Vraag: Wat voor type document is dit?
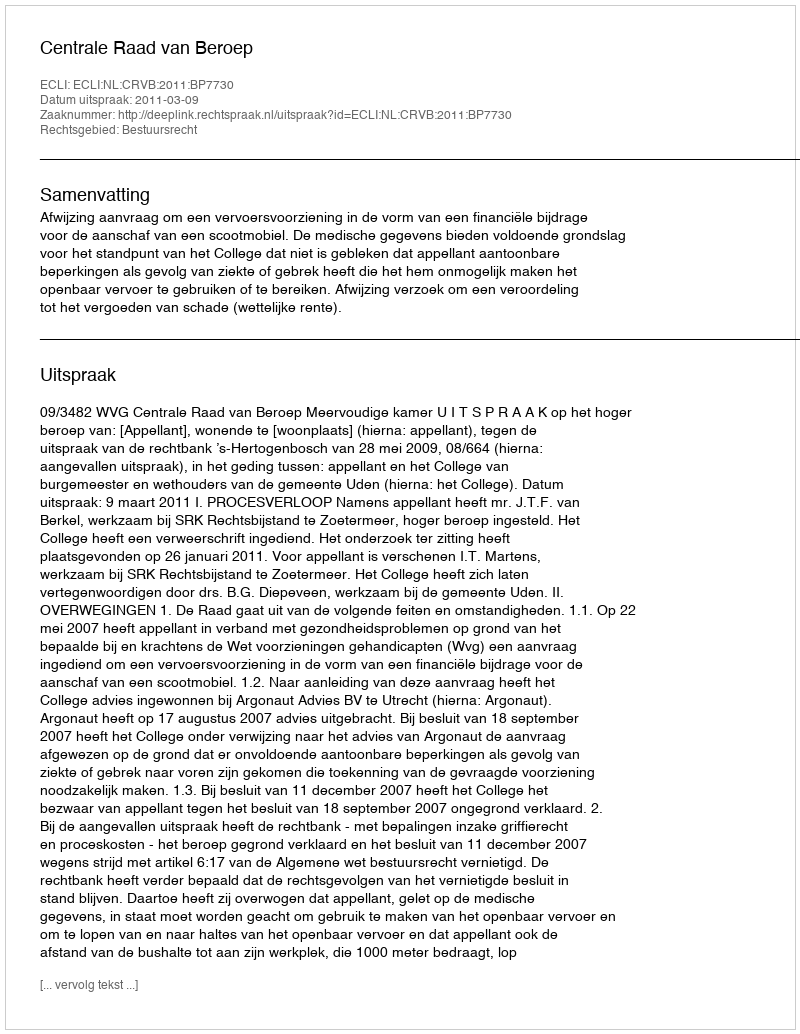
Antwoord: Uitspraak